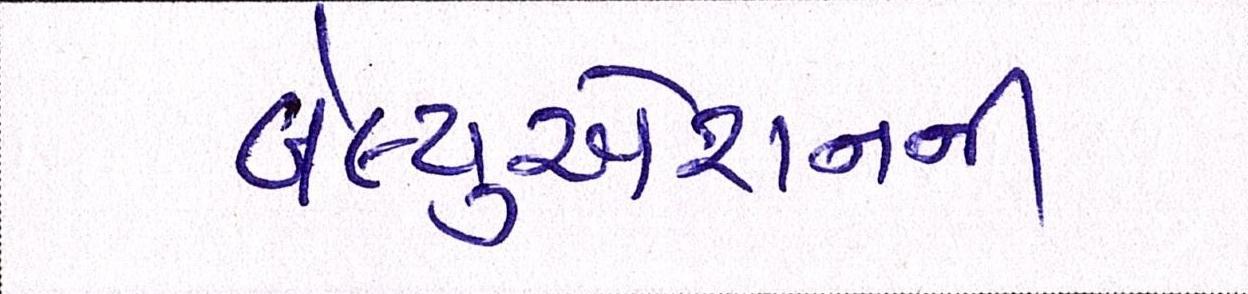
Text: વેલ્યુએશનની